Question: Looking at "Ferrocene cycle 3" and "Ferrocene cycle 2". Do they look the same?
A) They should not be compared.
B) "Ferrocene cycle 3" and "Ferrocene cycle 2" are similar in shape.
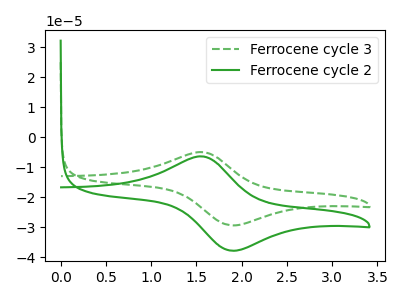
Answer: <think>The green dashed curve "Ferrocene cycle 3" has an anodic peak at (1.55V, -5.00uA) and a cathodic peak at (1.90V, -29.40uA). The green curve "Ferrocene cycle 2" has an anodic peak at (1.55V, -6.40uA) and a cathodic peak at (1.90V, -37.85uA).
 All the peaks in "Ferrocene cycle 3" have a peak in "Ferrocene cycle 2" at the same potential.</think>
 <answer>B) "Ferrocene cycle 3" and "Ferrocene cycle 2" are similar in shape.</answer>
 <eval>B</eval>